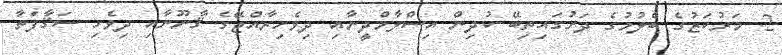
2. މަރުކަޒުގެ ބެލުމުގެ ދަށުގައިތިބޭ ކުދިން އިސްލާމްދީނާއި ދިވެހިރާއްޖޭގެ ޤާނޫނާއި ދިވެހި ސަޤާފަތާ